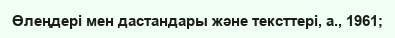
Өлеңдері мен дастандары және тексттері, а., 1961;